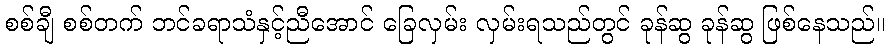
စစ်ချီ စစ်တက် ဘင်ခရာသံနှင့်ညီအောင် ခြေလှမ်း လှမ်းရသည်တွင် ခုန်ဆွ ခုန်ဆွ ဖြစ်နေသည်။